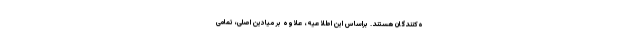
ه‌کنندگان هستند. براساس این اطلاعیه، علاوه بر میادین اصلی، تمامی